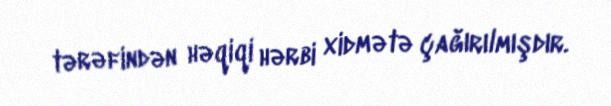
tərəfindən həqiqi hərbi xidmətə çağırılmışdır.